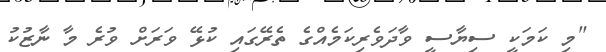
"މި ކަމަކީ ސިޔާސީ ވާދަވެރިކަމެއްގެ ތެރޭގައި ކުޅޭ ވަރަށް ވުރެ މާ ނާޒުކު